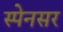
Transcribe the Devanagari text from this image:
स्पेनसर